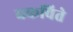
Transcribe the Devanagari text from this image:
चकविते